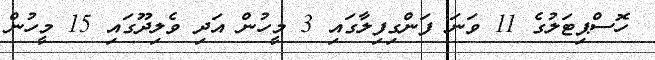
ހޮސްޕިޓަލުގެ 11 ވަނަ ފަންގިފިލާގައި 3 މީހުން އަދި ވެލިދޫގައި 15 މީހުން